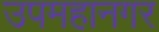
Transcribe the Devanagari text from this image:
उपमहानगर